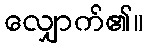
လျှောက်၏။